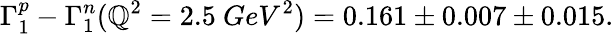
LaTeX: \Gamma_{1}^{p}-\Gamma_{1}^{n}(\mathbb{Q}^{2}=2.5\ GeV^{2})=0.161\pm0.007\pm0.015.